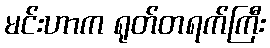
မင်းဟာက ရုတ်တရက်ကြီး